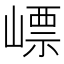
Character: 㟽